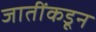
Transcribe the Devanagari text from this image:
जातींकडून